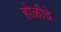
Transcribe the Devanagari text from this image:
होळीचे